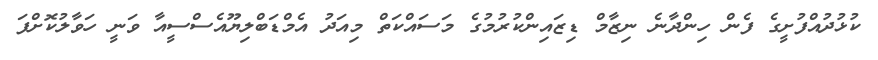
ކުޅުދުއްފުށީގެ ފެން ހިންދާނެ ނިޒާމް ޑިޒައިންކުރުމުގެ މަސައްކަތް މިއަދު އެމްޑަބްލިޔޫއެސްސީއާ ވަނީ ހަވާލުކޮށްފަ